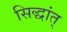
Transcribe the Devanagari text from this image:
सिद्धांत्‌